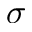
\boldsymbol { \sigma }